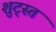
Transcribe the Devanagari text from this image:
शुट्स्त